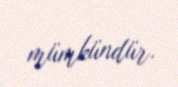
mümkündür.